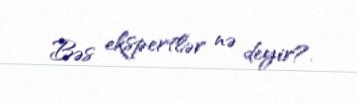
Bəs ekspertlər nə deyir?.